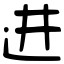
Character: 进